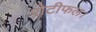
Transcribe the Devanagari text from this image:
रोटीफल।